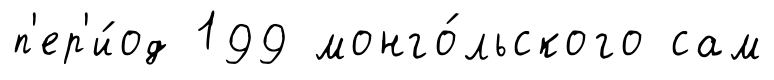
п'ер'и́од 199 монго́льского сам